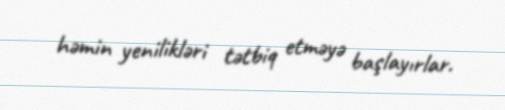
həmin yenilikləri tətbiq etməyə başlayırlar.